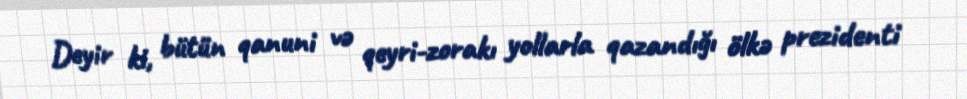
Deyir ki, bütün qanuni və qeyri-zorakı yollarla qazandığı ölkə prezidenti